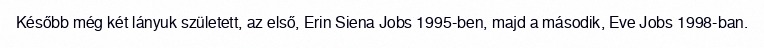
Később még két lányuk született, az első, Erin Siena Jobs 1995-ben, majd a második, Eve Jobs 1998-ban.